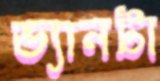
ভ্যানটা